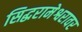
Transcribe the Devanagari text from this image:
सिद्धरामेश्वरावर